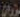
موران